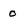
Character: 0